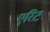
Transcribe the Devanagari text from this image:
एरिट